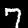
Label: 7